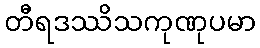
တီရဒဿိသကုဏုပမာ